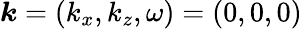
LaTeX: \boldsymbol{k}=(k_{x},k_{z},\omega)=(0,0,0)